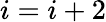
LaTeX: i=i+2